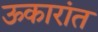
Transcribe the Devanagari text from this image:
ऊकारांत